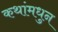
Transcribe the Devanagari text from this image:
कथांमधुन